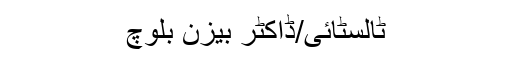
ٹالسٹائی/ڈاکٹر بیزن بلوچ